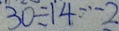
3 0 \div 1 4 \cdots 2